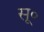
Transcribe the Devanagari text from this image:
सू॰